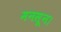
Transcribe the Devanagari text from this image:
मनसून।